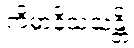
ကိမာနိသံသန္တိ